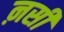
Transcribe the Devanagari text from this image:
ऩसी